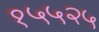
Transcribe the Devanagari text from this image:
१५५२५